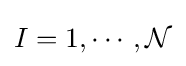
I=1,\cdots ,{\mathcal {N}}